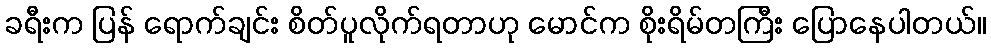
ခရီးက ပြန် ရောက်ချင်း စိတ်ပူလိုက်ရတာဟု မောင်က စိုးရိမ်တကြီး ပြောနေပါတယ်။